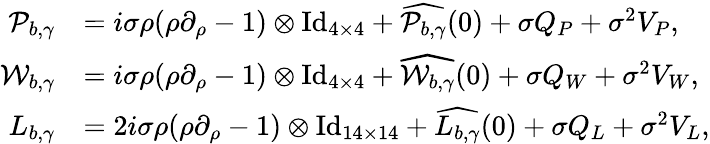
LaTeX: \begin{array}{rl}{\mathcal{P}_{b,\gamma}}&{=i\sigma\rho(\rho\partial_{\rho}-1)\otimes\mathrm{Id}_{4\times 4}+\widehat{\mathcal{P}_{b,\gamma}}(0)+\sigma Q_{P}+\sigma^{2}V_{P},}\\ {\mathcal{W}_{b,\gamma}}&{=i\sigma\rho(\rho\partial_{\rho}-1)\otimes\mathrm{Id}_{4\times 4}+\widehat{\mathcal{W}_{b,\gamma}}(0)+\sigma Q_{W}+\sigma^{2}V_{W},}\\ {L_{b,\gamma}}&{=2i\sigma\rho(\rho\partial_{\rho}-1)\otimes\mathrm{Id}_{14\times 14}+\widehat{L_{b,\gamma}}(0)+\sigma Q_{L}+\sigma^{2}V_{L},}\end{array}